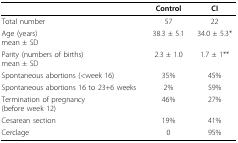
<table><thead><tr><td></td><td><b>Control</b></td><td><b>CI</b></td></tr></thead><tbody><tr><td>Total number</td><td>57</td><td>22</td></tr><tr><td>Age (years)mean ± SD</td><td>38.3 ± 5.1</td><td>34.0 ± 5.3*</td></tr><tr><td>Parity (numbers of births)mean ± SD</td><td>2.3 ± 1.0</td><td>1.7 ± 1**</td></tr><tr><td>Spontaneous abortions (&lt;week 16)</td><td>35%</td><td>45%</td></tr><tr><td>Spontaneous abortions 16 to 23+6 weeks</td><td>2%</td><td>59%</td></tr><tr><td>Termination of pregnancy(before week 12)</td><td>46%</td><td>27%</td></tr><tr><td>Cesarean section</td><td>19%</td><td>41%</td></tr><tr><td>Cerclage</td><td>0</td><td>95%</td></tr></tbody></table>